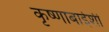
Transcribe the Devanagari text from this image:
कृष्णाबाईशी